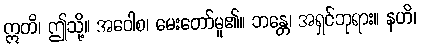
ဣတိ၊ ဤသို့။ အဝေါစ၊ မေးတော်မူ၏။ ဘန္တေ၊ အရှင်ဘုရား။ နဟိ၊